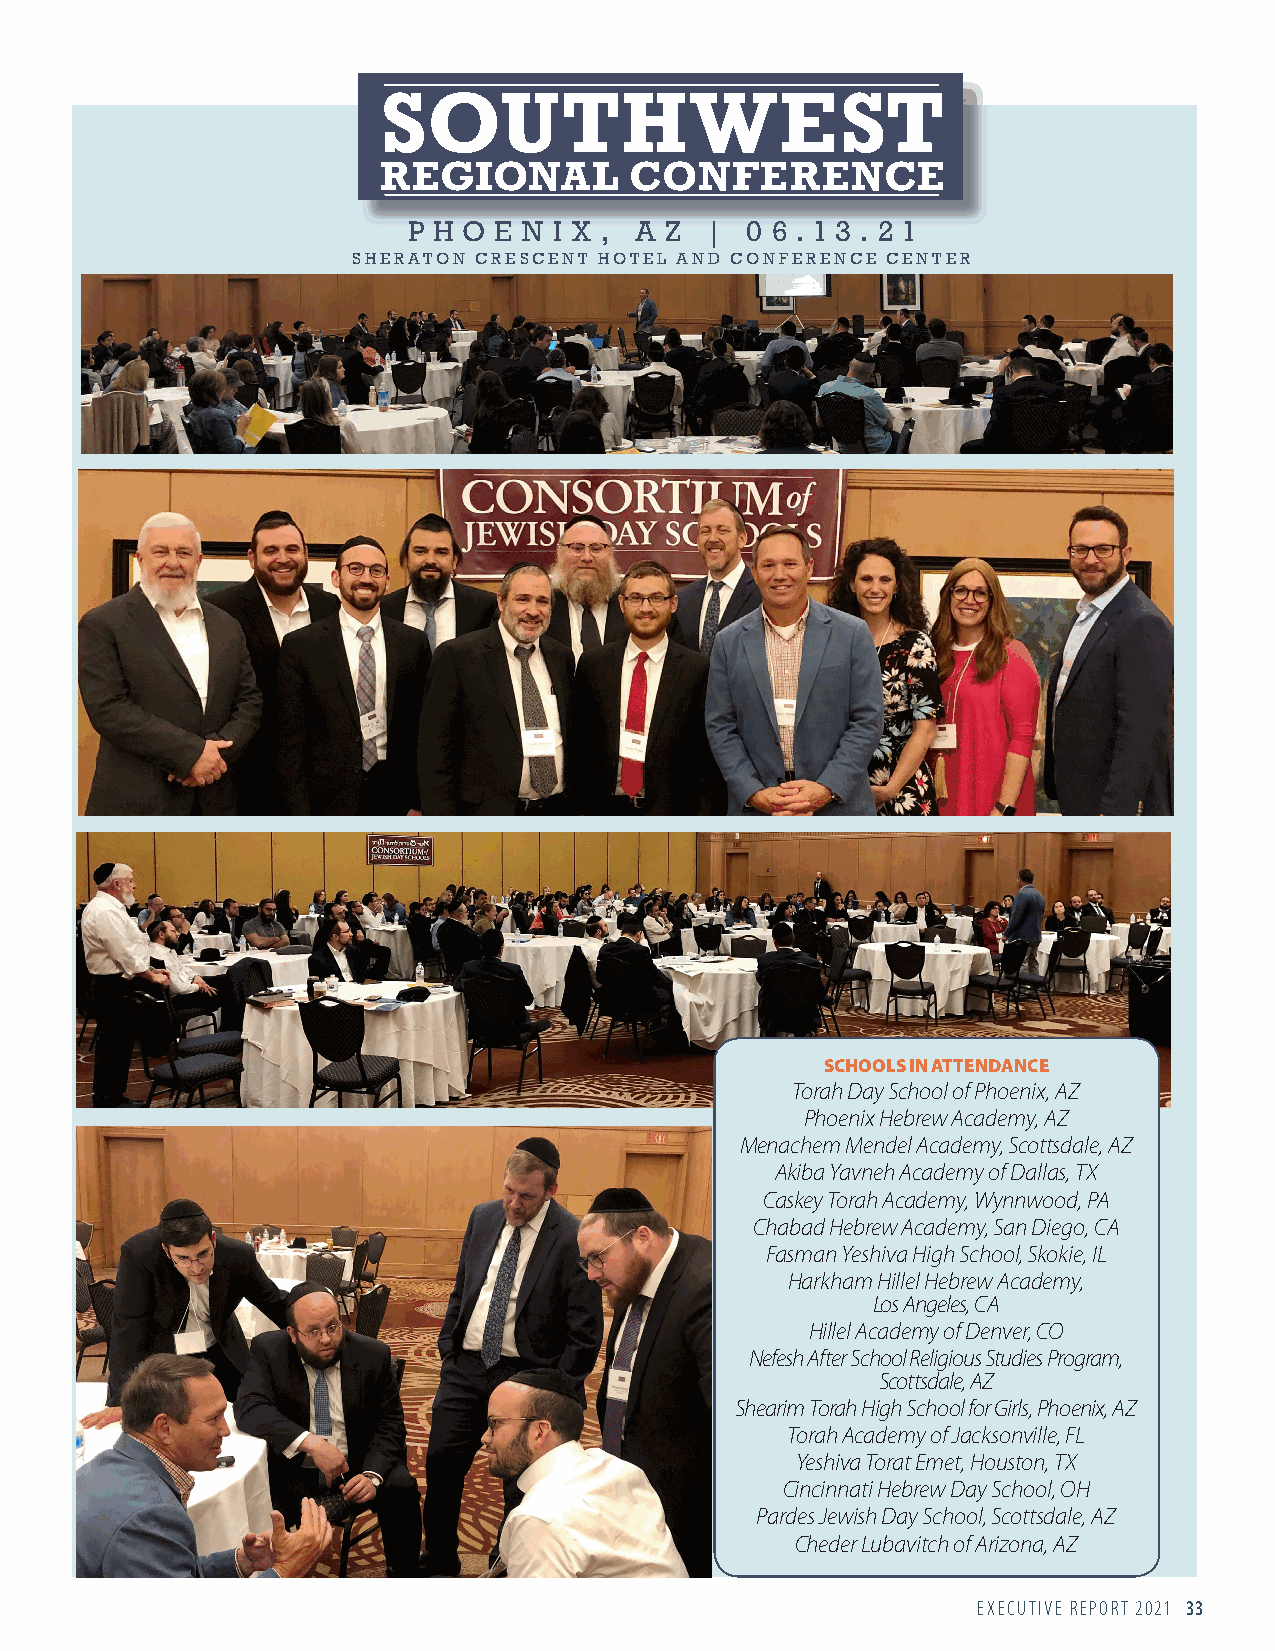
SOUTHWEST
 REGIONAL         CONFERENCE
 P H O E N I X , A Z | 0 6 . 1 3 . 2 1
 SHERATON CRESCENT HOTEL AND CONFERENCE CENTER
 SCHOOLS IN ATTENDANCE
 Torah Day School of Phoenix, AZ
 Phoenix Hebrew Academy, AZ
 Menachem Mendel Academy, Scottsdale, AZ
 Akiba Yavneh Academy of Dallas, TX
 Caskey Torah Academy, Wynnwood, PA
 Chabad Hebrew Academy, San Diego, CA
 Fasman Yeshiva High School, Skokie, IL
 Harkham Hillel Hebrew Academy,
 Los Angeles, CA
 Hillel Academy of Denver, CO
 Nefesh After School Religious Studies Program,
 Scottsdale, AZ
 Shearim Torah High School for Girls, Phoenix, AZ
 Torah Academy of Jacksonville, FL
 Yeshiva Torat Emet, Houston, TX
 Cincinnati Hebrew Day School, OH
 Pardes Jewish Day School, Scottsdale, AZ
 Cheder Lubavitch of Arizona, AZ
 EXECUTIVE REPORT 2021 33